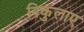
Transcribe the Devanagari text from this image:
निकुलाए